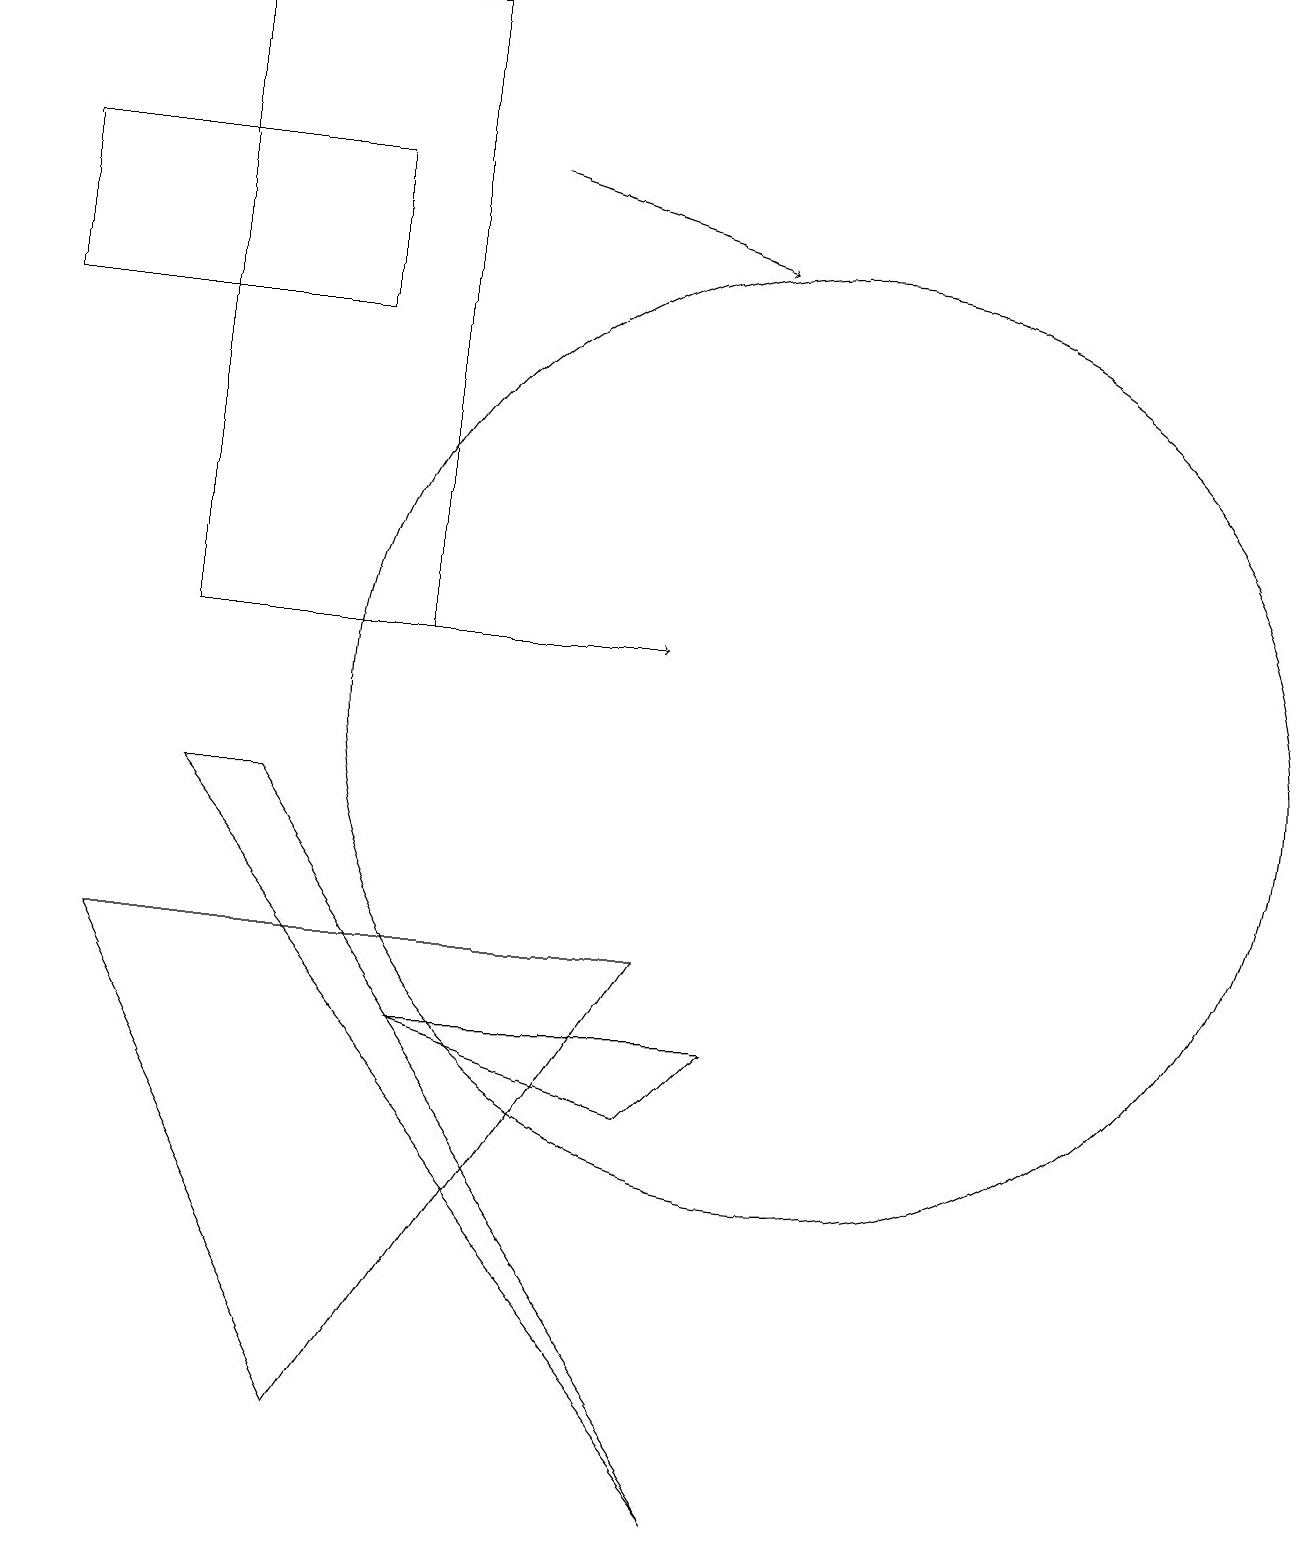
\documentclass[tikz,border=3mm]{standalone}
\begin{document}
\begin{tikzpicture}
\draw (10,10) circle (6);
\draw[->] (3,11) -- (8,11);
\draw (8,5) -- (5,6) -- (9,6) -- cycle;
\draw[->] (6,17) -- (9,16);
\draw (4,15) rectangle (0,17);
\draw (2,9) -- (9,0) -- (3,9) -- cycle;
\draw (2,11) rectangle (5,19);
\draw (4,1) -- (1,7) -- (8,7) -- cycle;
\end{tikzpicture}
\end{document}